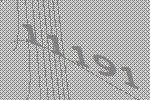
11191